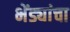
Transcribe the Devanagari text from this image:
भेंड्यांचा